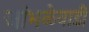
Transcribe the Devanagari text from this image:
जांभळेवाडी